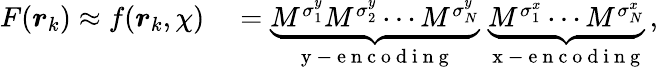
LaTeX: \begin{array}{rl}{F(\boldsymbol{r}_{k})\approx f(\boldsymbol{r}_{k},\chi)}&{{}=\underbrace{M^{\sigma_{1}^{y}}M^{\sigma_{2}^{y}}\cdots M^{\sigma_{N}^{y}}}_{\mathrm{~y~-~e~n~c~o~d~i~n~g~}}\; \underbrace{M^{\sigma_{1}^{x}}\cdots M^{\sigma_{N}^{x}}}_{\mathrm{~x~-~e~n~c~o~d~i~n~g~}}\, ,}\end{array}